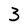
Character: 3